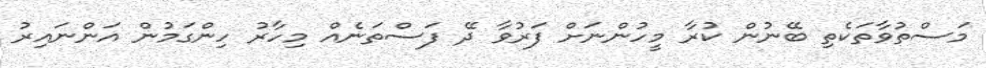
މަސްތުވާތަކެތި ބޭނުން ކުރާ މީހުންނަށް ފަރުވާ ދޭ ފަސްތަނެއް މިހާރު ހިންގަމުން އަންނައިރު